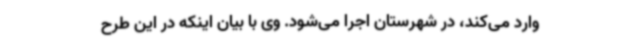
وارد می‌کند، در شهرستان اجرا می‌شود. وی با بیان اینکه در این طرح